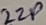
Text: 22P